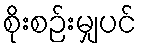
စိုးစဉ်းမျှပင်